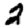
Digit: 2